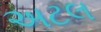
અટલ